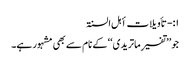
۱:- تأویلات أہل السنۃ
جو ’’تفسیرِ ماتریدی‘‘ کے نام سے بھی مشہور ہے۔